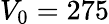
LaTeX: V_{0}=275